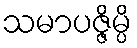
သမာပဇ္ဇိမ္ပိ